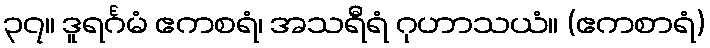
၃၇။ ဒူရင်္ဂမံ ဧကစရံ၊ အသရီရံ ဂုဟာသယံ။ (ဧကစာရံ)